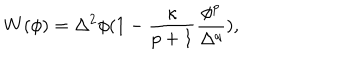
W ( \phi ) = \Delta ^ { 2 } \phi ( 1 - \frac { \kappa } { p + 1 } \frac { \phi ^ { p } } { \Delta ^ { q } } ) ,